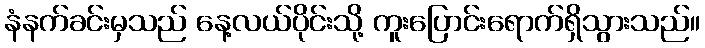
နံနက်ခင်းမှသည် နေ့လယ်ပိုင်းသို့ ကူးပြောင်းရောက်ရှိသွားသည်။